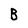
Character: B